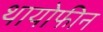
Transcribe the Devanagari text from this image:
थायोफीन